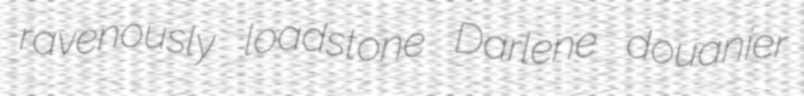
ravenously loadstone Darlene douanier